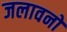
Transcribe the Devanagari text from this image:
जलावनों